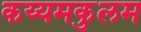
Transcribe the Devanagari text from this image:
कय्यमकुलम